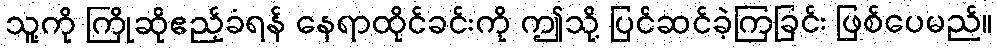
သူ့ကို ကြိုဆိုဧည့်ခံရန် နေရာထိုင်ခင်းကို ဤသို့ ပြင်ဆင်ခဲ့ကြခြင်း ဖြစ်ပေမည်။